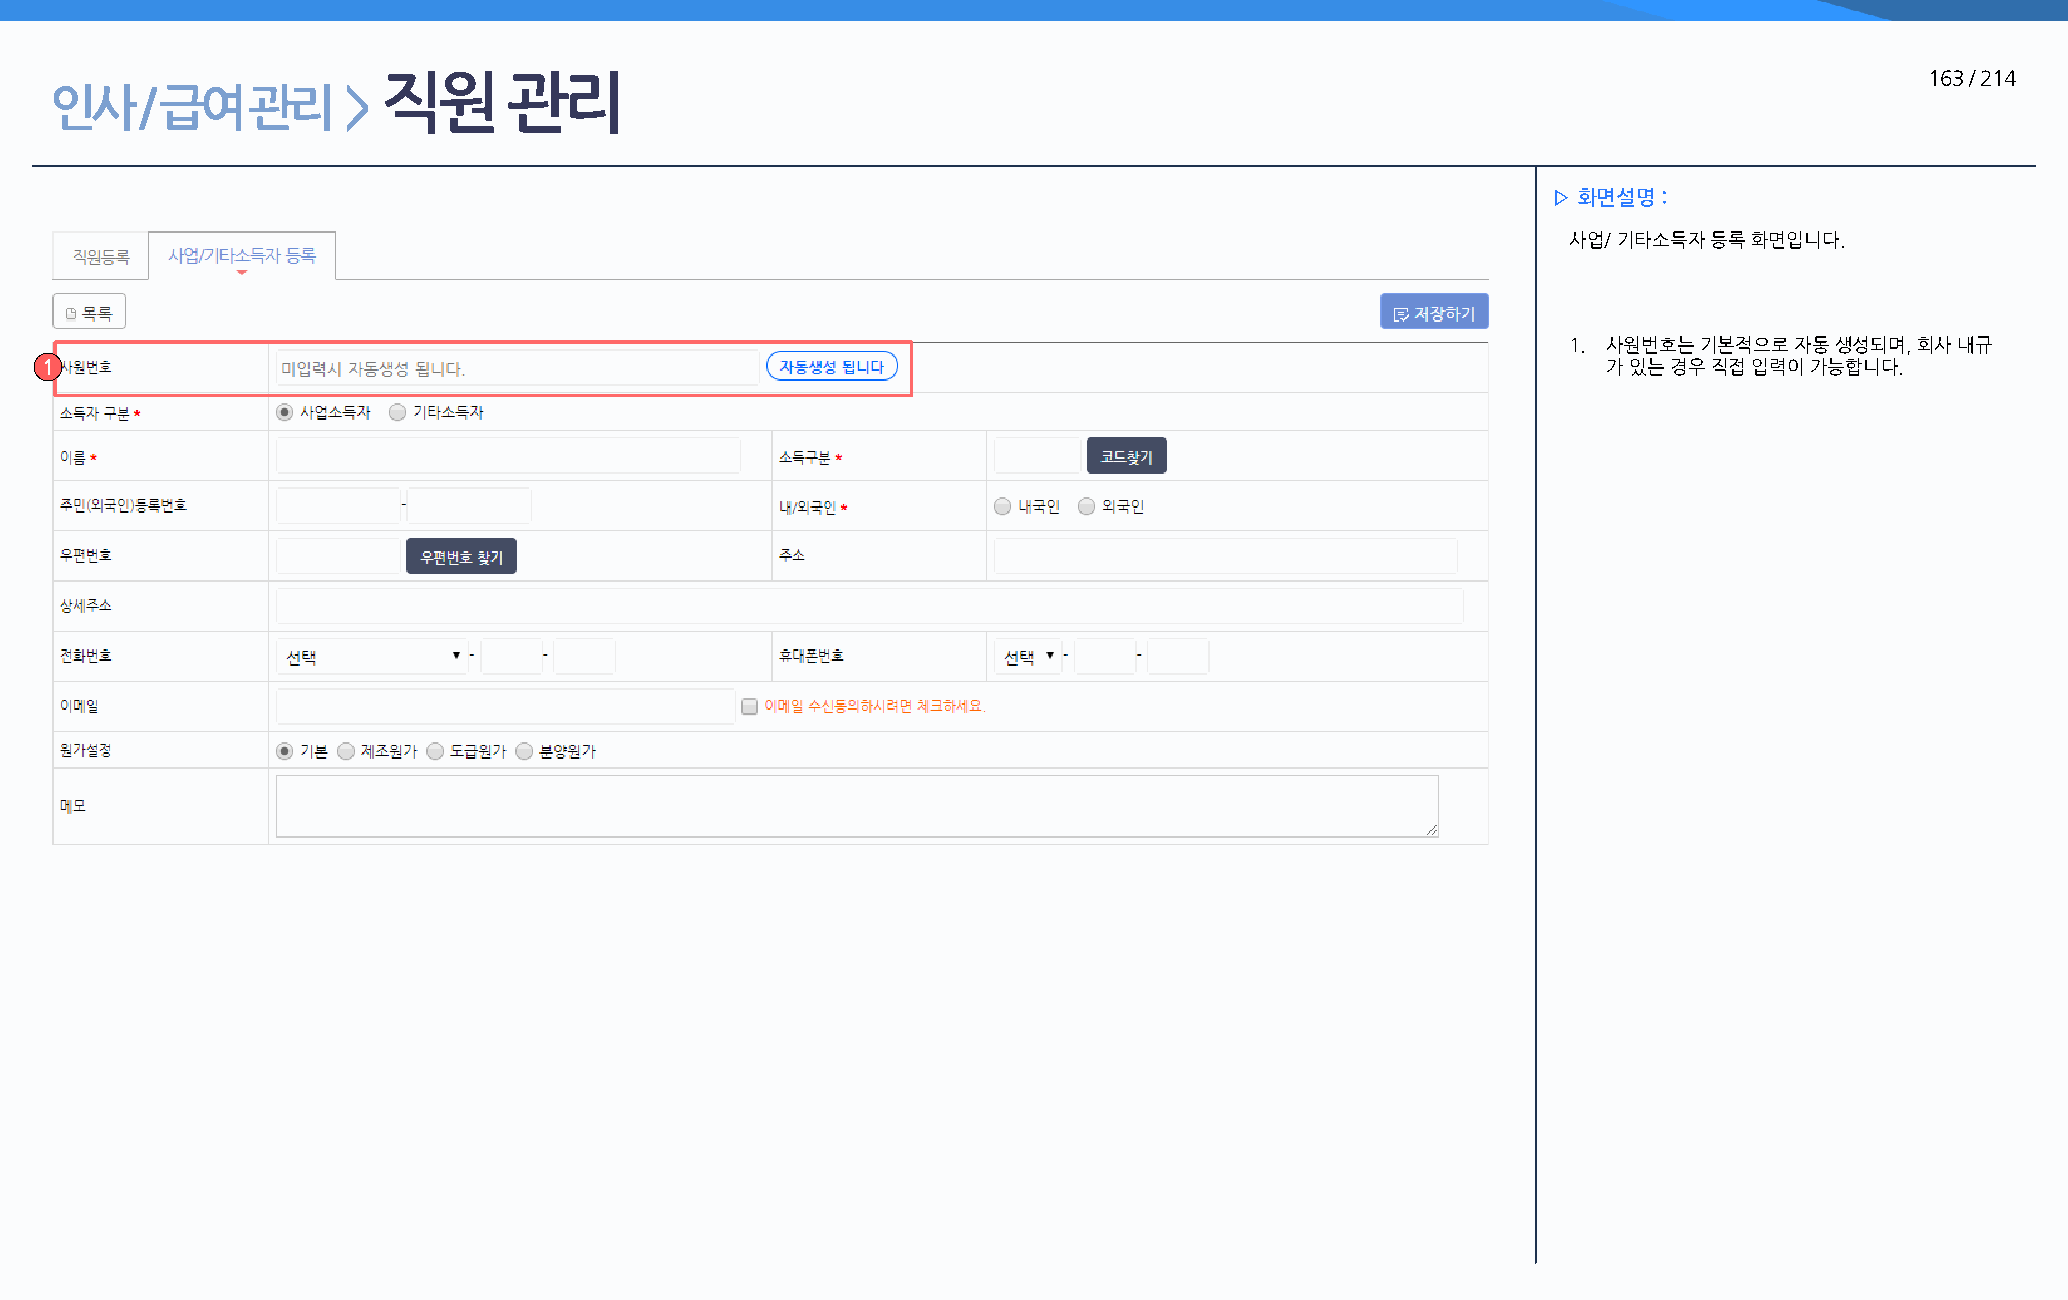
직원       관리                                                                                            163 / 214
 인사    / 급여   관리     >
 ▷ 화면설명 :
 사업/ 기타소득자 등록 화면입니다.
 1. 사원번호는 기본적으로 자동 생성되며, 회사 내규
 1                                                                                                      가 있는 경우 직접 입력이 가능합니다.